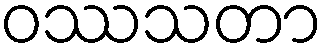
ဝဿသတာ